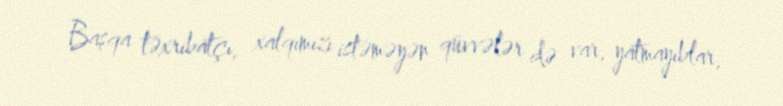
Başqa təxribatçı, xalqımızı istəməyən qüvvələr də var, yatmayıblar,